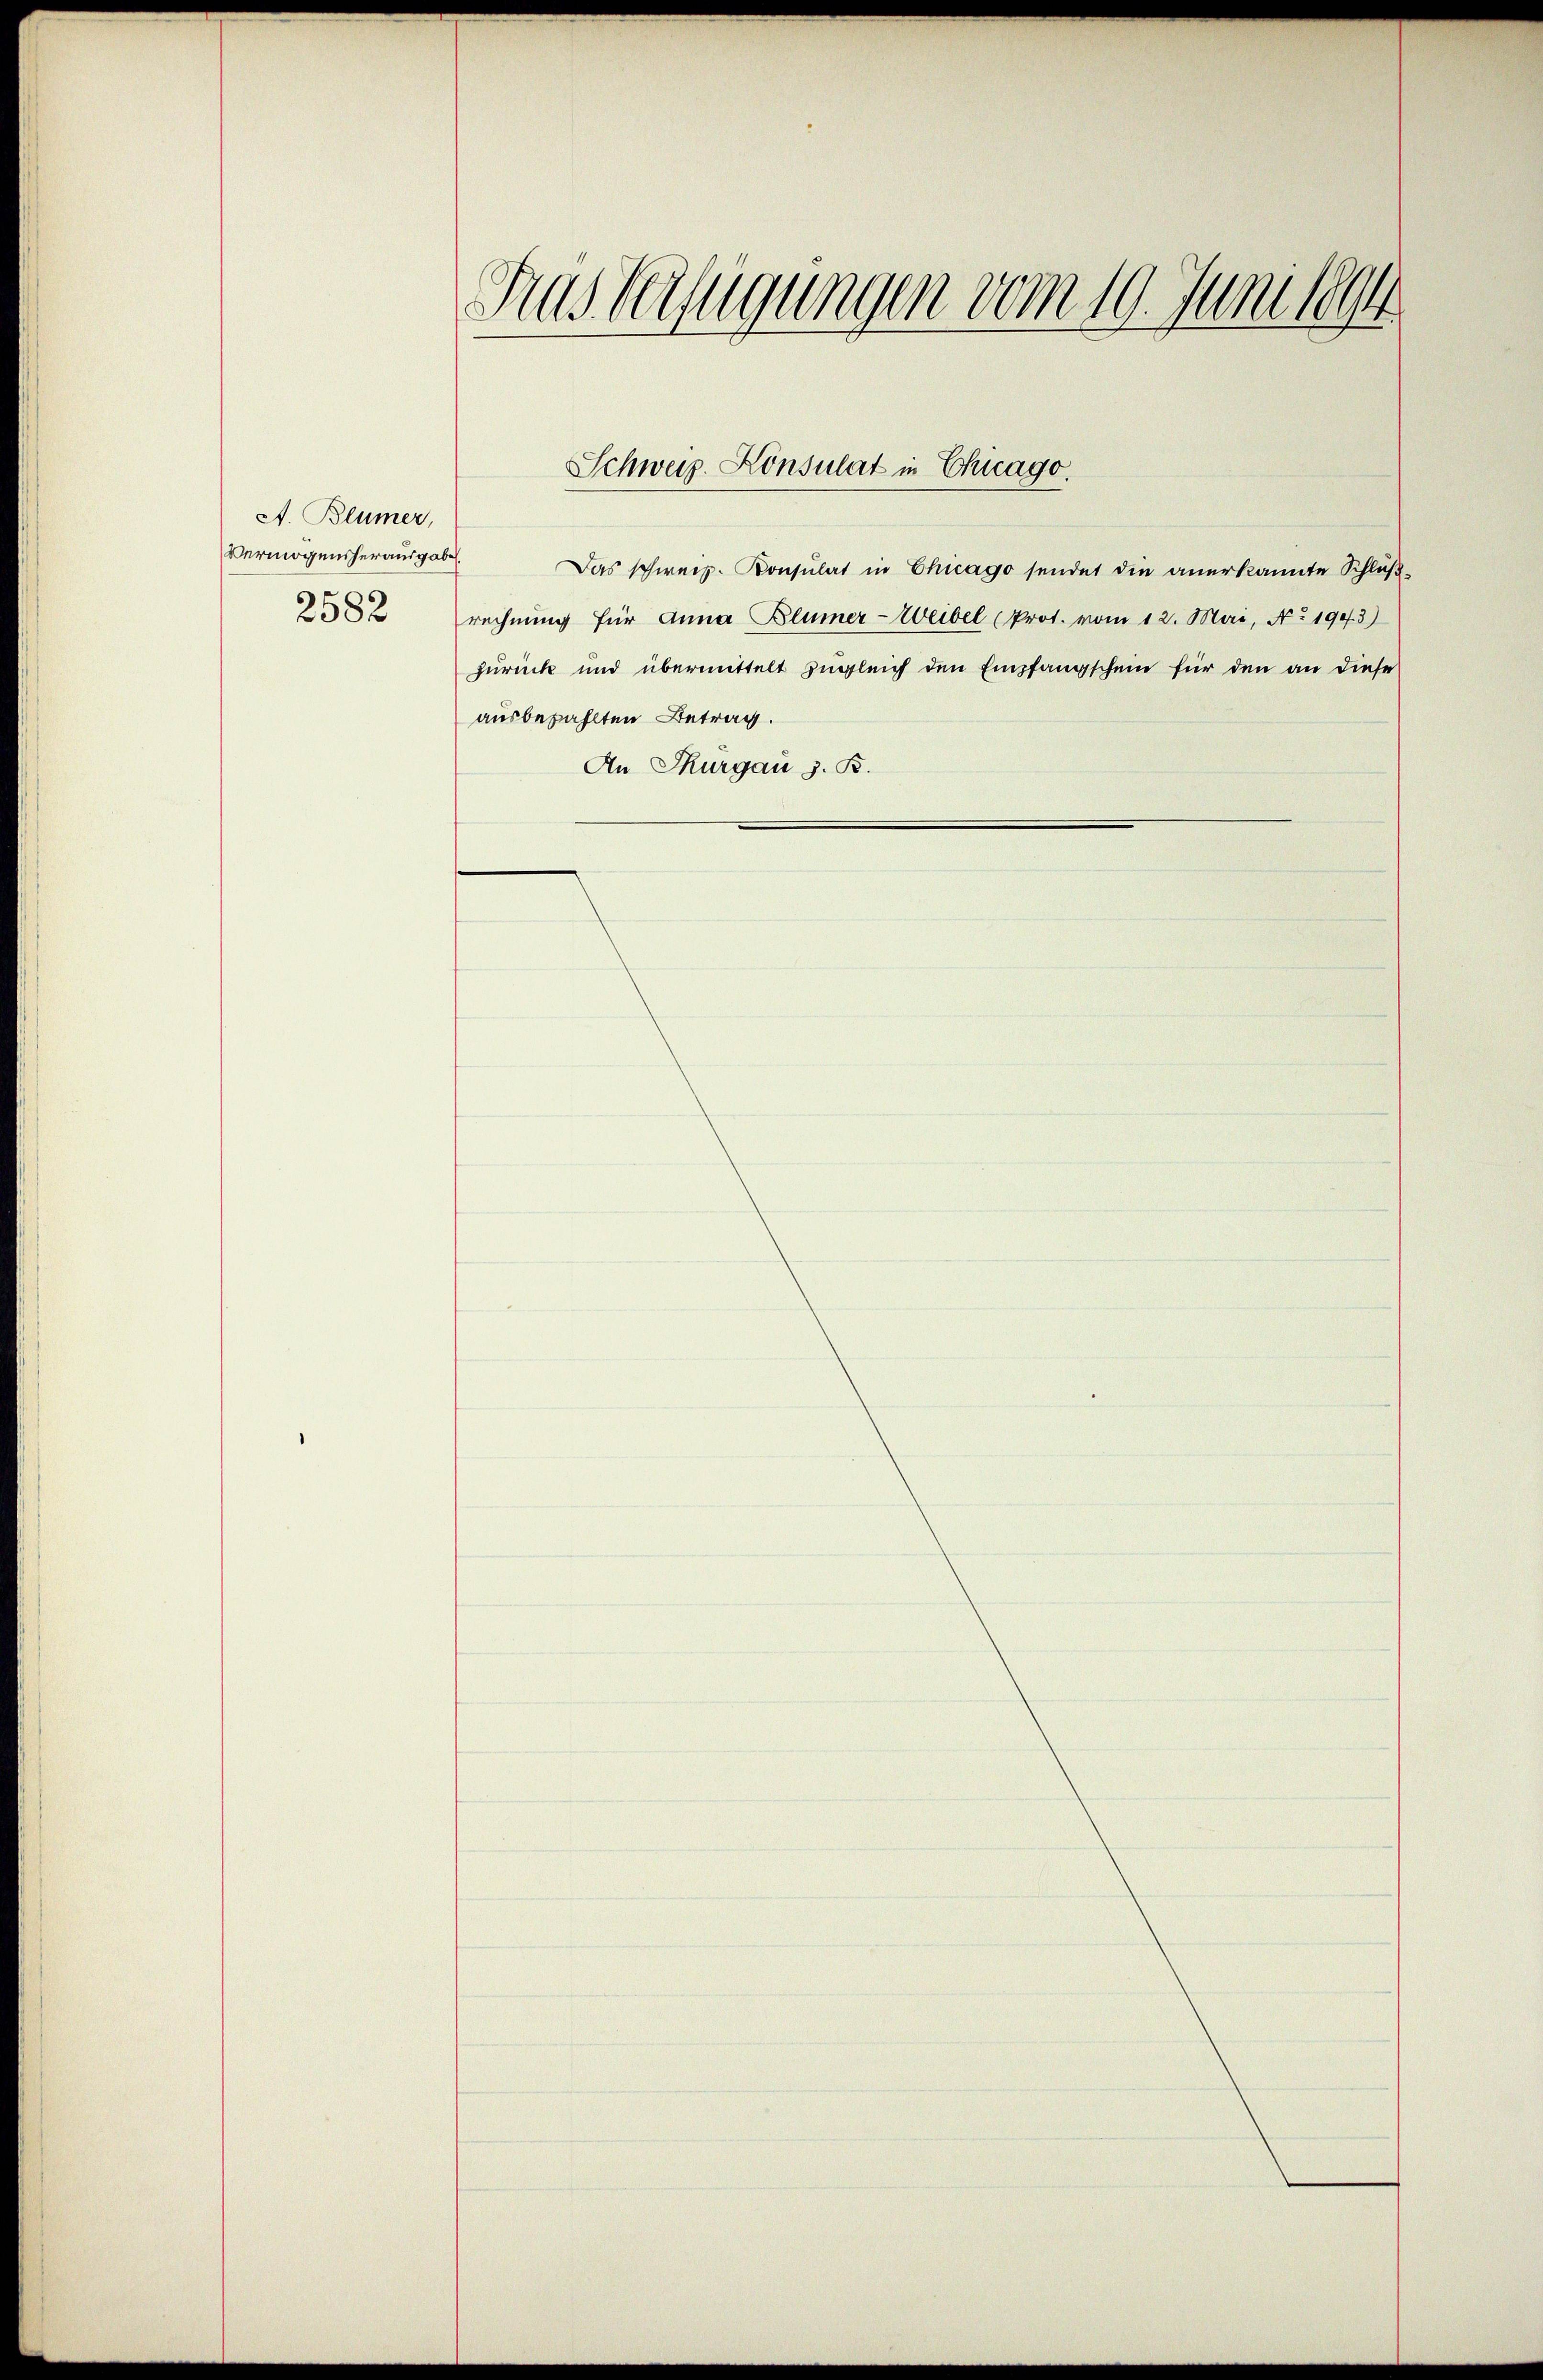
A. Blümer,
Vermögensherausgabe
2582

Gras Verfügungen vom 10. Juni 1894

ausbezahlten Betrag.
An Thurgau z. B.

Schweiz. Konsulat in Chicago.

Das schweiz. Konsulat in Chicago sendet die anerkannte Schlußrechnung für Anna Blümer-Weibel (Prot. vom 12. Mai, No 1903)
zurück und übermittelt zugleich den Empfangschein für den an diese